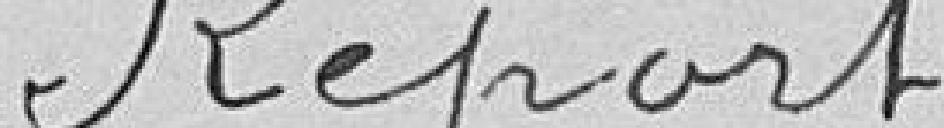
Report